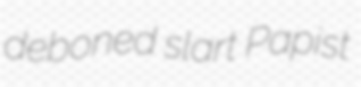
deboned slart Papist